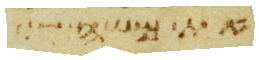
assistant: את משה